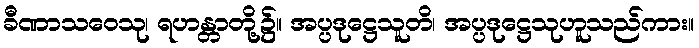
ခီဏာသဝေသု၊ ရဟန္တာတို့၌။ အပ္ပဒုဋ္ဌေသူတိ၊ အပ္ပဒုဋ္ဌေသုဟူသည်ကား။